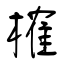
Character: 榷